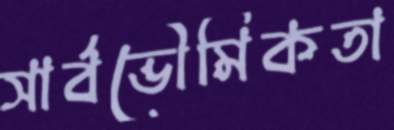
সার্বভৌমিকতা